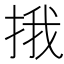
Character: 㧴